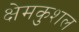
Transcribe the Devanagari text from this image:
क्षेमकुशल